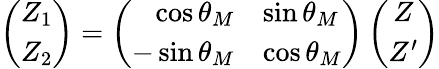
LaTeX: \left(\begin{array}{c}{{Z_{1}}}\\ {{Z_{2}}}\end{array}\right)=\left(\begin{array}{rl}{{\cos\theta_{M}}}&{{\sin\theta_{M}}}\\ {{-\sin\theta_{M}}}&{{\cos\theta_{M}}}\end{array}\right)\left(\begin{array}{c}{{Z}}\\ {{Z^{\prime}}}\end{array}\right)